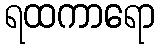
ရထကာရော